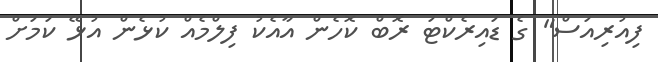
ފިއުރިއަސް" ގެ ޑައިރެކްޓަ ރޮބް ކޮހެން އާއެކު ފިލްމެއް ކުޅެން އުޅޭ ކަމަށް